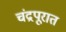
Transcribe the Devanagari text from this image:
चंद्रपूरात